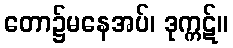
တော၌မနေအပ်၊ ဒုက္ကဋ်။